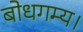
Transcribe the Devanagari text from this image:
बोधगम्य।